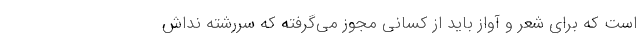
است که برای شعر و آواز باید از کسانی مجوز می‌گرفته که سررشته نداش